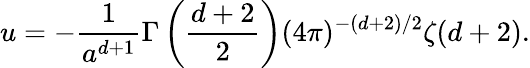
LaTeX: u=-{\frac{1}{a^{d+1}}}\Gamma\left({\frac{d+2}{2}}\right)(4\pi)^{-(d+2)/2}\zeta(d+2).